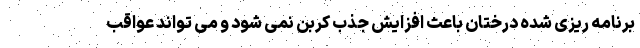
برنامه ریزی شده درختان باعث افزایش جذب کربن نمی شود و می تواند عواقب